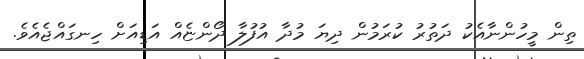
ތިން މީހުންނާއެކު ދަތުރު ކުރަމުން ދިޔަ މުދާ އުފުލާ ދޯންޏެއް އަޑިއަށް ހިނގައްޖެއެވެ.